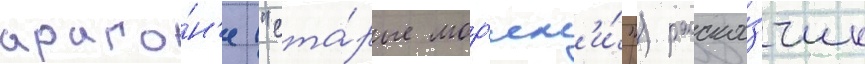
араго́н'е ("ста́рые мор'як'и́") расска́зчик